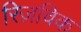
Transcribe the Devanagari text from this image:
रिज़विक